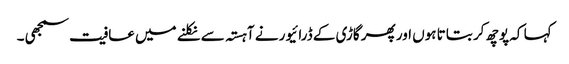
کہا کہ پوچھ کر بتاتا ہوں اور پھر گاڑی کے ڈرائیور نے آہستہ سے نکلنے میں عافیت سمجھی ۔